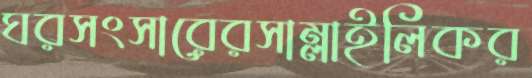
ঘরসংসারেরসাম্‌লাইলিকর